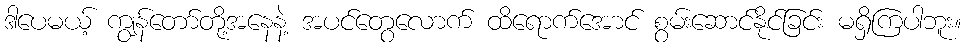
ဒါပေမယ့် ကျွန်တော်တို့အနေနဲ့ အပင်တွေလောက် ထိရောက်အောင် စွမ်းဆောင်နိုင်ခြင်း မရှိကြပါဘူး။